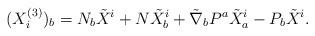
LaTeX: \begin{align*} (X_i^{(3)})_b = N_b \tilde X^i + N\tilde X^i_b+ \tilde \nabla_b P^a \tilde X^i_a - P_b \tilde X^i. \end{align*}